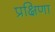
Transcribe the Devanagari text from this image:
प्रक्षिणा